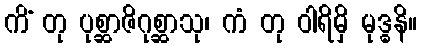
ကိံ တု ပုစ္ဆာဇိဂုစ္ဆာသု၊ ကံ တု ဝါရိမှိ မုဒ္ဓနိ။